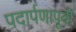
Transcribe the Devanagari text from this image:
पदार्पणापूर्वी